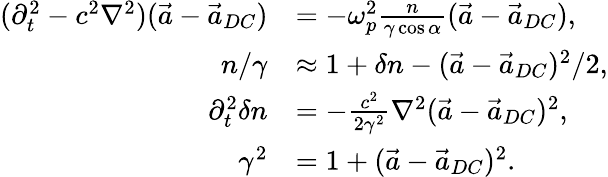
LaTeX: \begin{array}{rl}{(\partial_{t}^{2}-c^{2}\nabla^{2})(\vec{a}-\vec{a}_{DC})}&{=-\omega_{p}^{2}\frac{n}{\gamma\cos\alpha}(\vec{a}-\vec{a}_{DC}),}\\ {n/\gamma}&{\approx 1+\delta n-(\vec{a}-\vec{a}_{DC})^{2}/2,}\\ {\partial_{t}^{2}\delta n}&{=-\frac{c^{2}}{2\gamma^{2}}\nabla^{2}(\vec{a}-\vec{a}_{DC})^{2},}\\ {\gamma^{2}}&{=1+(\vec{a}-\vec{a}_{DC})^{2}.}\end{array}